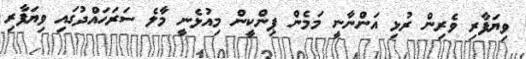
ވިޔަފާރި ވެރިން ރުޅި އަންނާނީ މަމެން ޕިންކީން މިއުޅެނީ މާލެ ސަރަހައްދުގައި ވިޔަފާރި